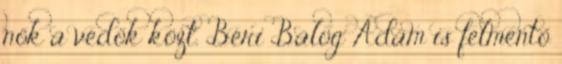
nők a védők közt. Béri Balog Ádám is felmentő